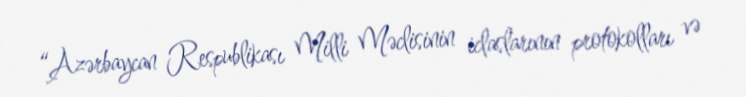
“Azərbaycan Respublikası Milli Məclisinin iclaslarının protokolları və